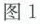
图1